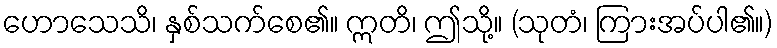
ဟောသေသိ၊ နှစ်သက်စေ၏။ ဣတိ၊ ဤသို့။ (သုတံ၊ ကြားအပ်ပါ၏။)